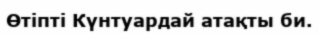
Өтіпті Күнтуардай атақты би.